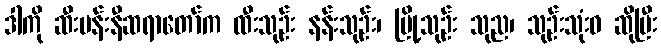
ဒါကို ဆီးပန်းနီဆရာတော်က ထီးသုဉ်း နန်းသုဉ်း၊ မြို့သုဉ်း သုည၊ သုဉ်းသုံးဝ ဆိုပြီး